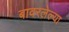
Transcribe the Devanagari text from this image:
बावरलेल्या